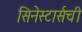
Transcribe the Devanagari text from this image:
सिनेस्टार्सची